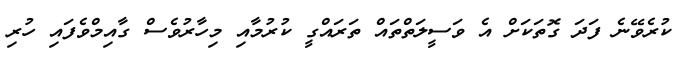
ކުރެވޭނެ ފަދަ ގޮތަކަށް އެ ވަސީލަތްތައް ތަރައްގީ ކުރުމާއި މިހާރުވެސް ގާއިމްވެފައި ހުރި